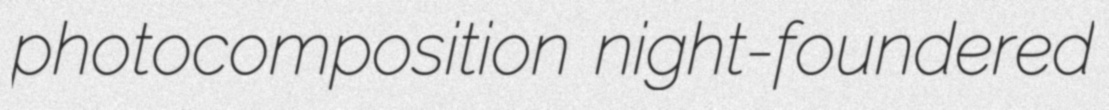
photocomposition night-foundered